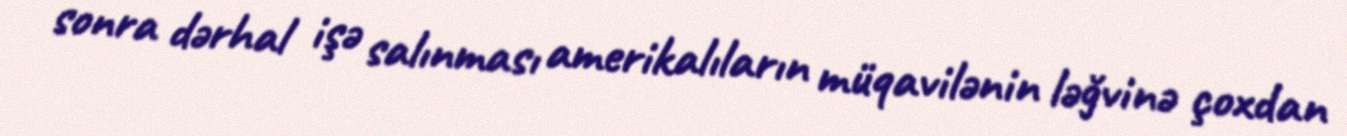
sonra dərhal işə salınması amerikalıların müqavilənin ləğvinə çoxdan